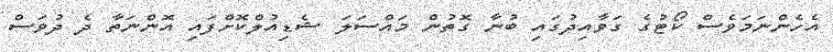
އެހެންނަމަވެސް ކޯޓުގެ ގަވާއިދުގައި ބުނާ ގޮތުން މައްސަލަ ޝެޑިއުލްކޮށްފައި އޮންނަތާ ދެ ދުވަސް